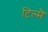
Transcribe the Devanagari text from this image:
टिल्मै